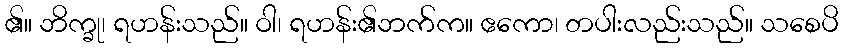
၏။ ဘိက္ခု၊ ရဟန်းသည်။ ဝါ၊ ရဟန်း၏ဘက်က။ ဧကော၊ တပါးလည်းသည်။ သစေပိ